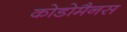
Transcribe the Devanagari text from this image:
कोडोमैनस